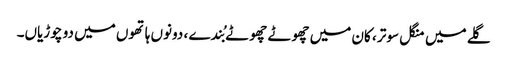
گلے میں منگل سوتر ، کان میں چھوٹے چھوٹے بُندے ، دونوں ہاتھوں میں دو چوڑیاں۔